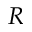
R